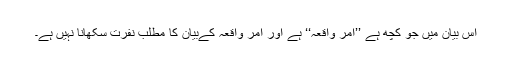
اس بیان میں جو کچھ ہے ’’امر واقعہ‘‘ ہے اور امر واقعہ کےبیان کا مطلب نفرت سکھانا نہیں ہے۔